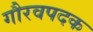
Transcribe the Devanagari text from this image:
गौरवपदक